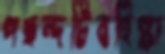
পছন্দটিবহিষ্ক্রা